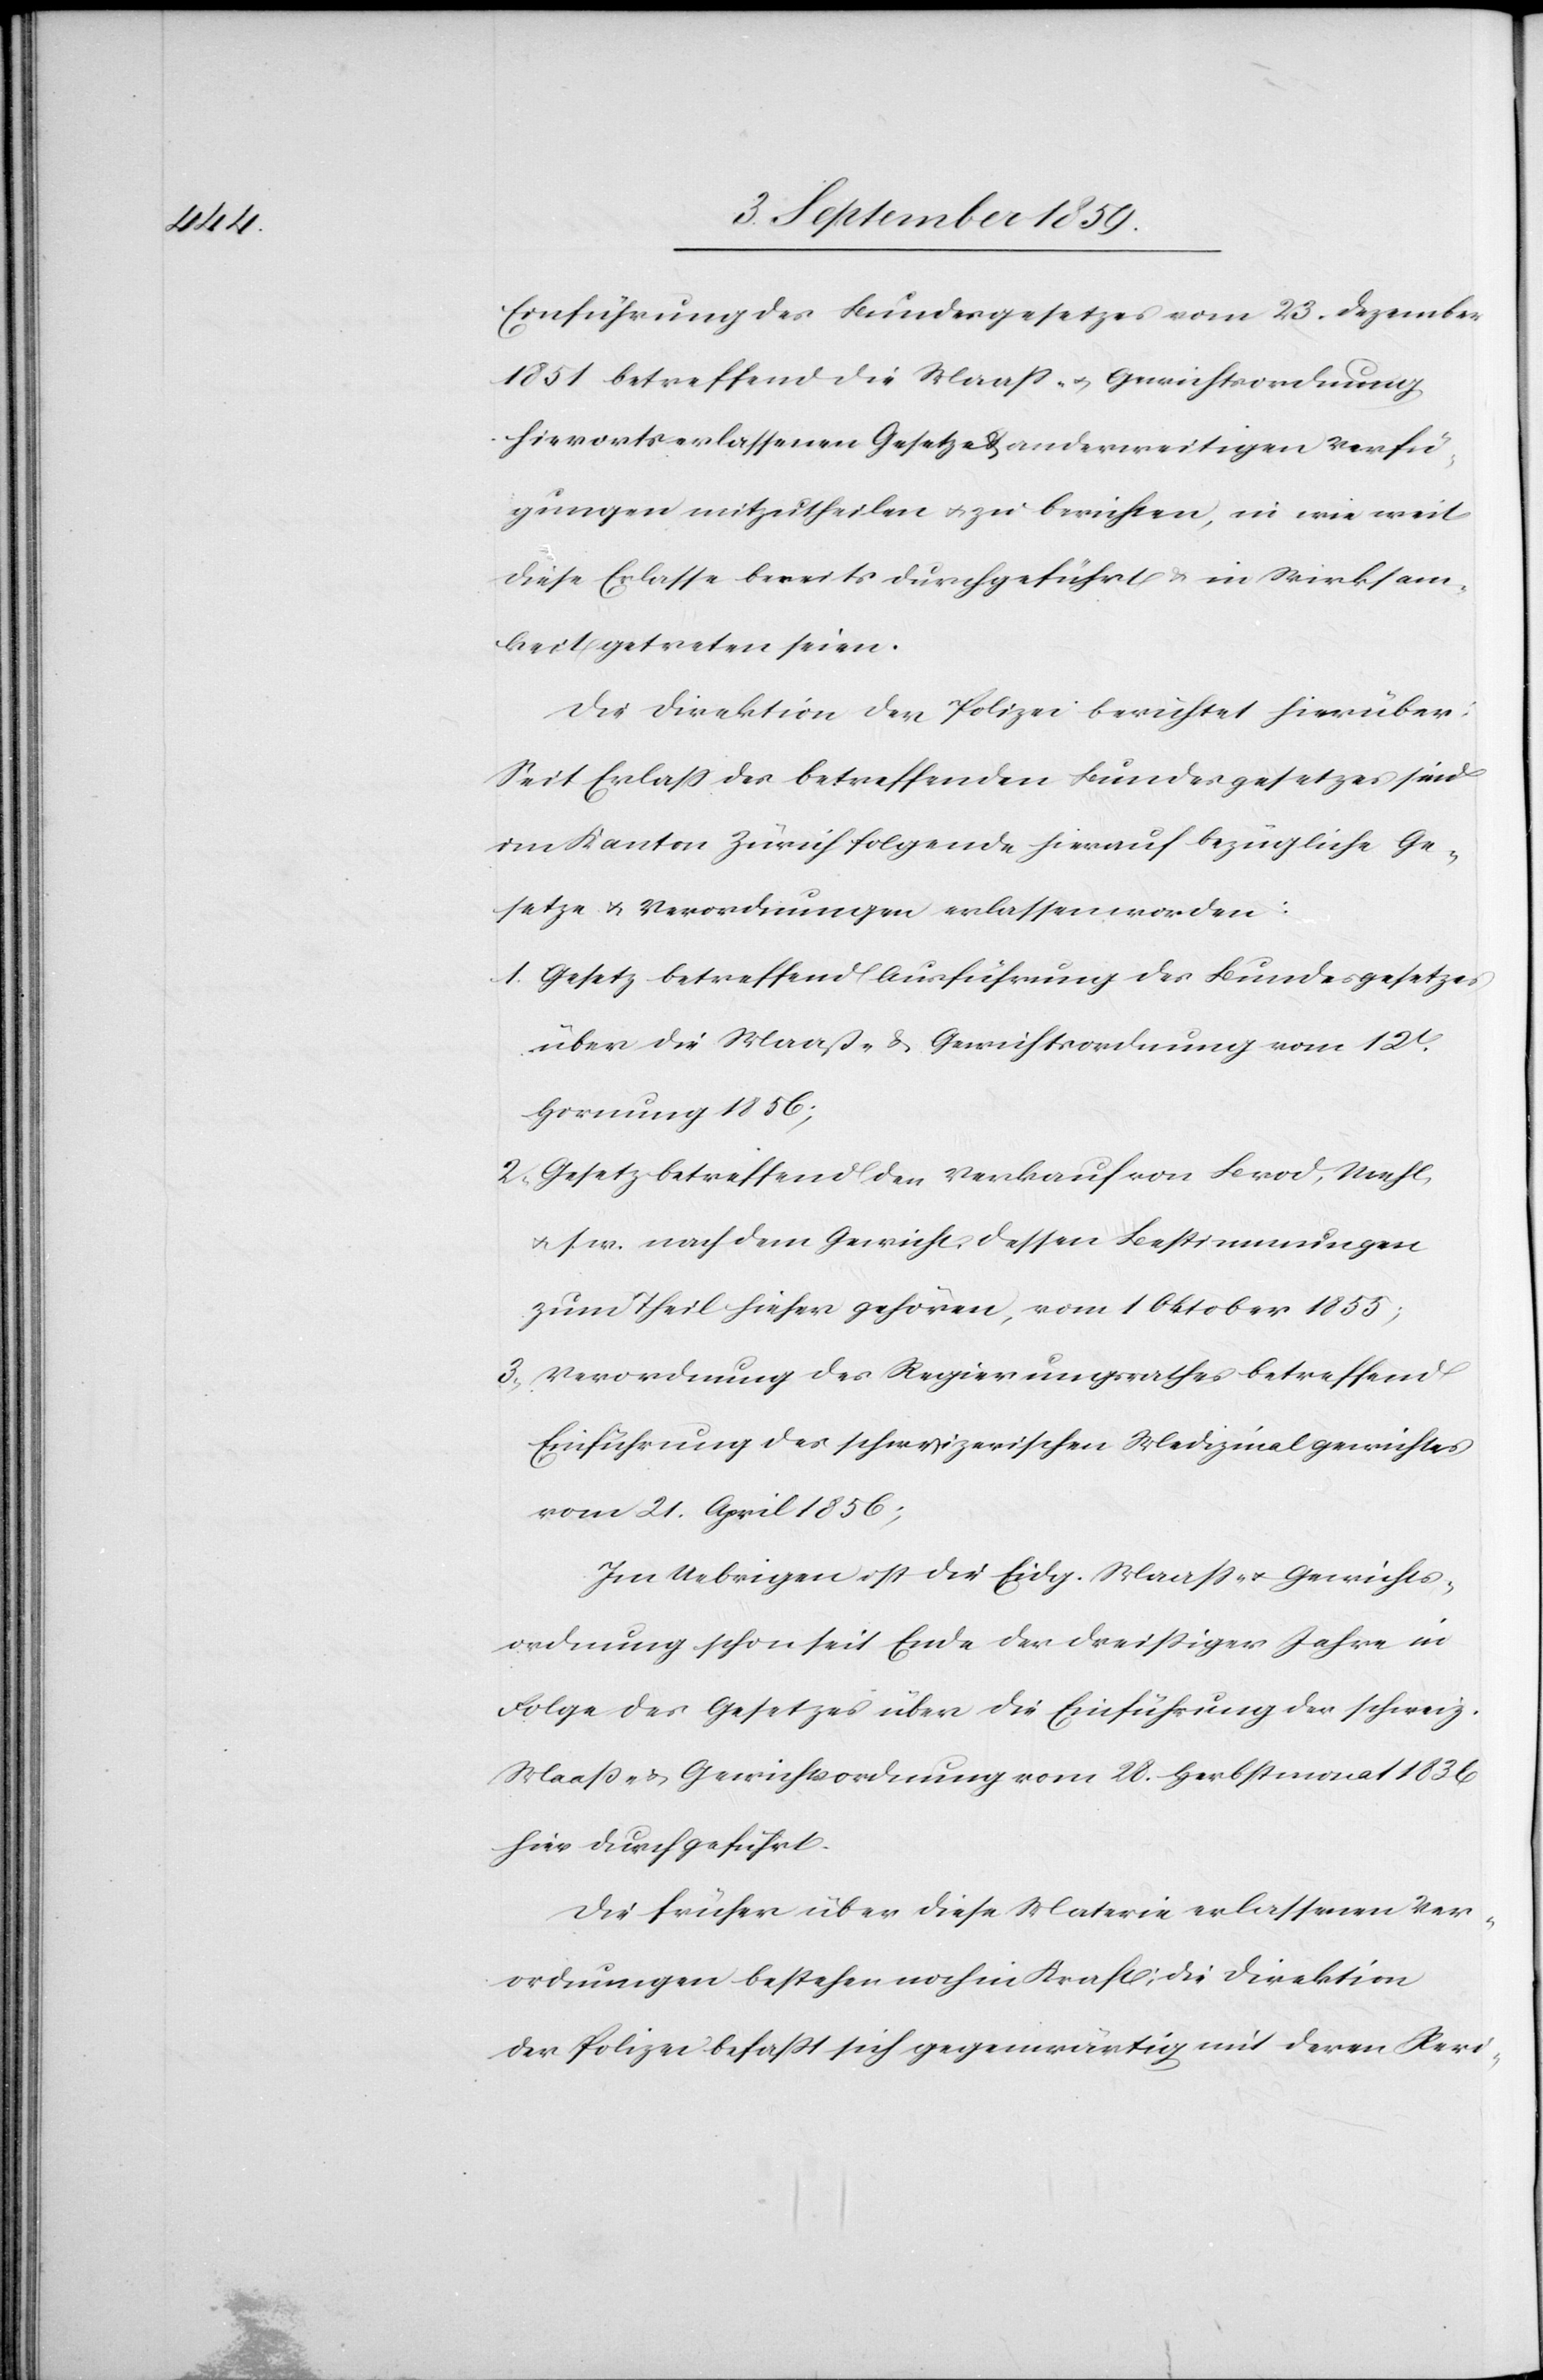
Einführung des Bundesgesetzes vom 23. Dezember
1851 betreffend die Maaß- & Gewichtsordnung
hierorts erlassenen Gesetze & anderweitigen Verfü¬
gungen mitzutheilen & zu berichten, in wie weit
diese Erlasse bereits durchgeführt & in Wirksam¬
keit getreten seien.
Die Direktion der Polizei berichtet hierüber:
Seit Erlaß des betreffenden Bundesgesetzes sind
im Kanton Zürich folgende hierauf bezügliche Ge¬
setze & Verordnungen erlassen worden:
1. Gesetz betreffend Ausführung des Bundesgesetzes
über die Maaß- & Gewichtsordnung vom 12t.
Hornung 1856;
2. Gesetz betreffend den Verkauf von Brod, Mehl
&. s. w. nach dem Gewicht, dessen Bestimmungen
zum Theil hieher gehören, vom 1 Oktober 1855;
3. Verordnung des Regierungsrathes betreffend
Einführung des schweizerischen Medizinalgewichtes
vom 21. April 1856;
Im Uebrigen ist die Eidg. Maaß- & Gewichts¬
ordnung schon seit Ende der dreißiger Jahre in
Folge des Gesetzes über die Einführung der schweiz.
Maaß- & Gewichtsordnung vom 28. Herbstmonat 1836
hier durchgeführt.
Die früher über diese Materie erlassenen Ver¬
ordnungen bestehen noch in Kraft; die Direktion
der Polizei befaßt sich gegenwärtig mit deren Revi-